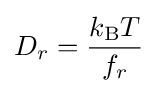
D_{r}={\frac {k_{\rm {B}}T}{f_{r}}}